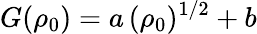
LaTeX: G(\rho_{0})=a\, (\rho_{0})^{1/2}+b